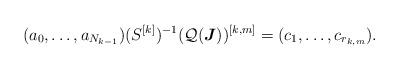
LaTeX: \begin{align*}(a_0,\dots, a_{N_{k-1}})(S^{[k]})^{-1}(\mathcal Q(\boldsymbol J))^{[k,m]}&=(c_1,\dots,c_{r_{k,m}}).\end{align*}